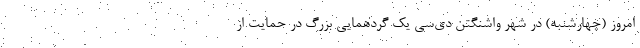
امروز (چهارشنبه) در شهر واشنگتن دی‌سی یک گردهمایی بزرگ در حمایت از